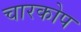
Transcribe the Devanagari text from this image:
चारकोप